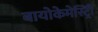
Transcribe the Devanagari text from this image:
बायोकेमेस्ट्रिी